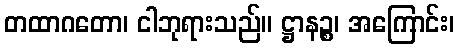
တထာဂတော၊ ငါဘုရားသည်။ ဋ္ဌာနဉ္စ၊ အကြောင်း၊